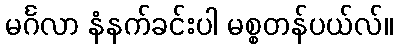
မင်္ဂလာ နံနက်ခင်းပါ မစ္စတန်ပယ်လ်။